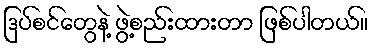
ဒြပ်စင်တွေနဲ့ ဖွဲ့စည်းထားတာ ဖြစ်ပါတယ်။